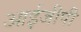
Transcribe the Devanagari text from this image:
आईजीपी